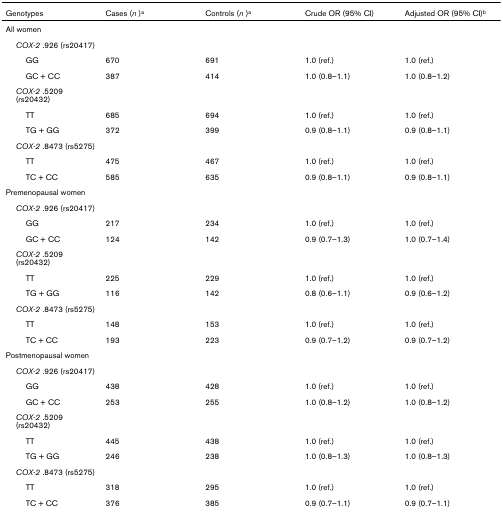
<table><thead><tr><td><b>Genotypes</b></td><td><b>Cases (<i>n </i>)<sup>a</sup></b></td><td><b>Controls (<i>n </i>)<sup>a</sup></b></td><td><b>Crude OR (95% CI)</b></td><td><b>Adjusted OR (95% CI)<sup>b</sup></b></td></tr></thead><tbody><tr><td>All women</td><td></td><td></td><td></td><td></td></tr><tr><td> <i>COX-2 </i>.926 (rs20417)</td><td></td><td></td><td></td><td></td></tr><tr><td>GG</td><td>670</td><td>691</td><td>1.0 (ref.)</td><td>1.0 (ref.)</td></tr><tr><td>GC + CC</td><td>387</td><td>414</td><td>1.0 (0.8–1.1)</td><td>1.0 (0.8–1.2)</td></tr><tr><td> <i>COX-2 </i>.5209 (rs20432)</td><td></td><td></td><td></td><td></td></tr><tr><td>TT</td><td>685</td><td>694</td><td>1.0 (ref.)</td><td>1.0 (ref.)</td></tr><tr><td>TG + GG</td><td>372</td><td>399</td><td>0.9 (0.8–1.1)</td><td>0.9 (0.8–1.1)</td></tr><tr><td> <i>COX-2 </i>.8473 (rs5275)</td><td></td><td></td><td></td><td></td></tr><tr><td>TT</td><td>475</td><td>467</td><td>1.0 (ref.)</td><td>1.0 (ref.)</td></tr><tr><td>TC + CC</td><td>585</td><td>635</td><td>0.9 (0.8–1.1)</td><td>0.9 (0.8–1.1)</td></tr><tr><td>Premenopausal women</td><td></td><td></td><td></td><td></td></tr><tr><td> <i>COX-2 </i>.926 (rs20417)</td><td></td><td></td><td></td><td></td></tr><tr><td>GG</td><td>217</td><td>234</td><td>1.0 (ref.)</td><td>1.0 (ref.)</td></tr><tr><td>GC + CC</td><td>124</td><td>142</td><td>0.9 (0.7–1.3)</td><td>1.0 (0.7–1.4)</td></tr><tr><td> <i>COX-2 </i>.5209 (rs20432)</td><td></td><td></td><td></td><td></td></tr><tr><td>TT</td><td>225</td><td>229</td><td>1.0 (ref.)</td><td>1.0 (ref.)</td></tr><tr><td>TG + GG</td><td>116</td><td>142</td><td>0.8 (0.6–1.1)</td><td>0.9 (0.6–1.2)</td></tr><tr><td> <i>COX-2 </i>.8473 (rs5275)</td><td></td><td></td><td></td><td></td></tr><tr><td>TT</td><td>148</td><td>153</td><td>1.0 (ref.)</td><td>1.0 (ref.)</td></tr><tr><td>TC + CC</td><td>193</td><td>223</td><td>0.9 (0.7–1.2)</td><td>0.9 (0.7–1.2)</td></tr><tr><td>Postmenopausal women</td><td></td><td></td><td></td><td></td></tr><tr><td> <i>COX-2 </i>.926 (rs20417)</td><td></td><td></td><td></td><td></td></tr><tr><td>GG</td><td>438</td><td>428</td><td>1.0 (ref.)</td><td>1.0 (ref.)</td></tr><tr><td>GC + CC</td><td>253</td><td>255</td><td>1.0 (0.8–1.2)</td><td>1.0 (0.8–1.2)</td></tr><tr><td> <i>COX-2 </i>.5209 (rs20432)</td><td></td><td></td><td></td><td></td></tr><tr><td>TT</td><td>445</td><td>438</td><td>1.0 (ref.)</td><td>1.0 (ref.)</td></tr><tr><td>TG + GG</td><td>246</td><td>238</td><td>1.0 (0.8–1.3)</td><td>1.0 (0.8–1.3)</td></tr><tr><td> <i>COX-2 </i>.8473 (rs5275)</td><td></td><td></td><td></td><td></td></tr><tr><td>TT</td><td>318</td><td>295</td><td>1.0 (ref.)</td><td>1.0 (ref.)</td></tr><tr><td>TC + CC</td><td>376</td><td>385</td><td>0.9 (0.7–1.1)</td><td>0.9 (0.7–1.1)</td></tr></tbody></table>